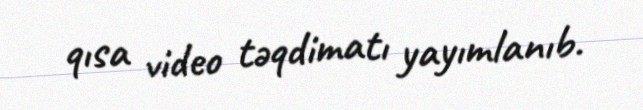
qısa video təqdimatı yayımlanıb.